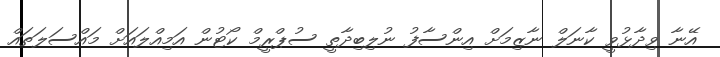
އޭނާ ވިދާޅުވީ ކާނަލް ނާޒިމަށް އިންސާފު ނުލިބިދާތީ ސުޕްރީމް ކޯޓުން އަމިއްލައަށް މައްސަލަތައް